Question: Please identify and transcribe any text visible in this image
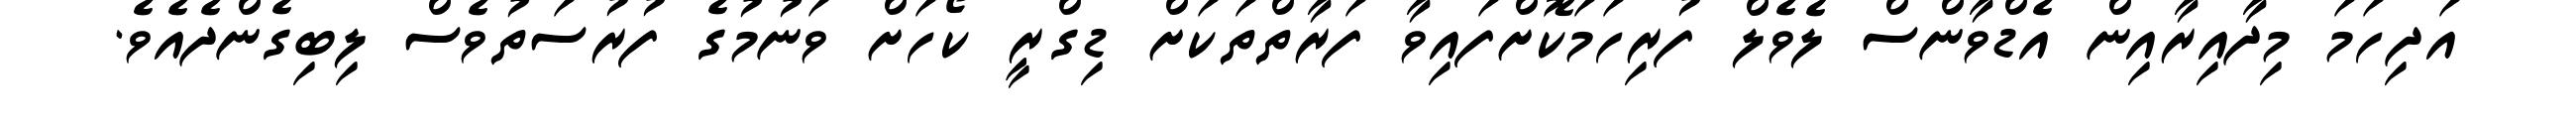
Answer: އަދިހަމަ މިދާއިރާއިން އެޑްވާންސް ލެވެލް ފުރިހަމަކޮށްފައިވާ ފަރާތްތަކަށް ޑިގްރީ ކޯހަށް ވަނުމުގެ ފުރުސަތުވެސް ލިބިގެންދެއެވެ.